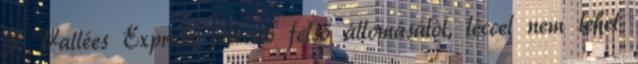
3 Vallées Express felvonó felső állomásától, léccel nem lehet